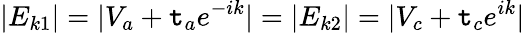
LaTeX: |E_{k1}|=|V_{a}+\mathtt{t}_{a}e^{-ik}|=|E_{k2}|=|V_{c}+\mathtt{t}_{c}e^{ik}|